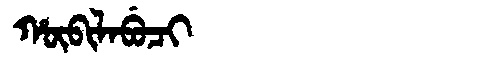
Manchu: ᡥᡡᠪᡳᠯᠠᠪᡠᠴᡳ
Romanization: HŪBILABUCI